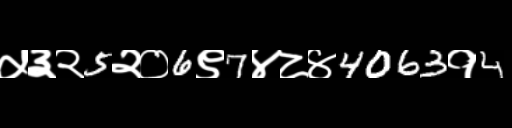
Text: ५३२5२०6९7४८४4063१4